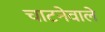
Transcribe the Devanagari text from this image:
चाटनेवाले